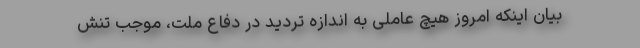
بیان اینکه امروز هیچ عاملی به اندازه تردید در دفاع ملت، موجب تنش